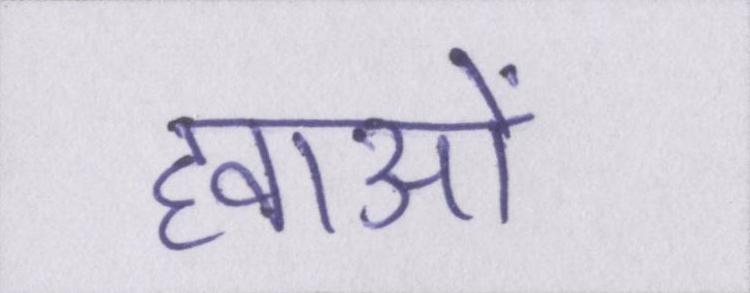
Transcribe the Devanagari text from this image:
हवाओं